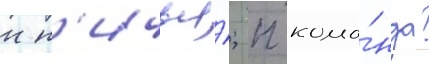
н н'ичья́; п кома́нда